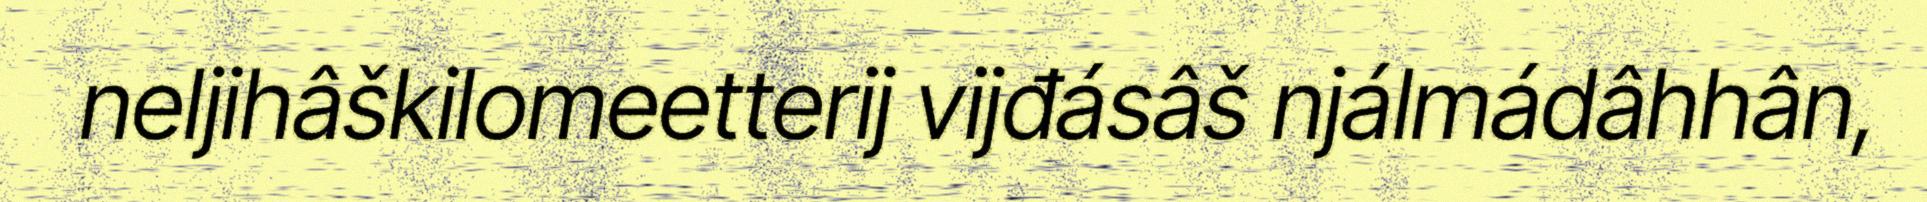
neljihâškilomeetterij vijđásâš njálmádâhhân,